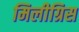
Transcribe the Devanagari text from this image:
मिलीग्रिस